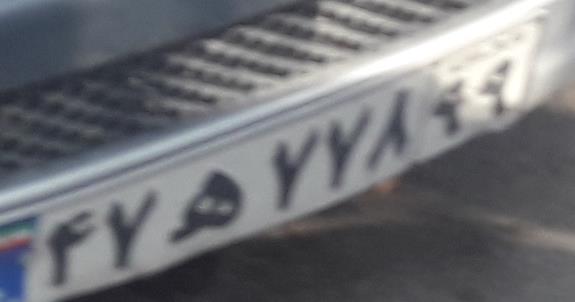
۴۷ه۷۷۸۹۹